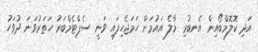
އަދި ކޮލޮމްބޯއިން އެނބުރި މާލެ އައުމަށް ހަމަޖެހިފައި ވަނީ ސެޕްޓެމްބަރު ހަތަރުވަނަ ދުވަހު